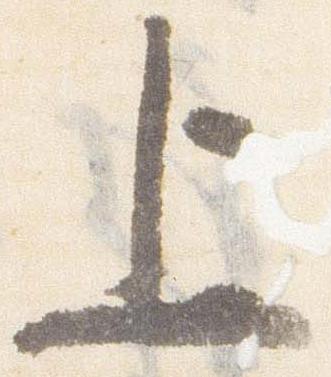
上